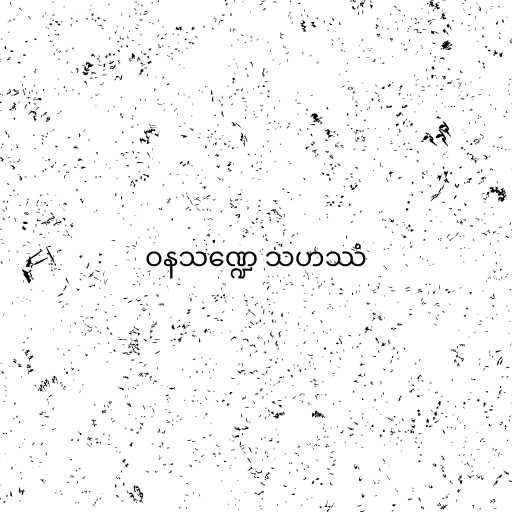
ဝနသဏ္ဍေ သဟဿံ